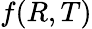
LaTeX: f(R,T)